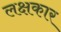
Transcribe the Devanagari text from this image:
लक्षकार